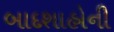
બાદશાહોની